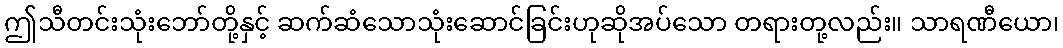
ဤသီတင်းသုံးဘော်တို့နှင့် ဆက်ဆံသောသုံးဆောင်ခြင်းဟုဆိုအပ်သော တရားတု့လည်း။ သာရဏီယော၊